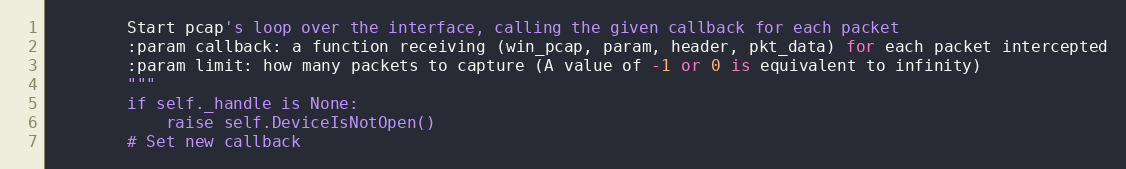
Language: Python
        Start pcap's loop over the interface, calling the given callback for each packet
        :param callback: a function receiving (win_pcap, param, header, pkt_data) for each packet intercepted
        :param limit: how many packets to capture (A value of -1 or 0 is equivalent to infinity)
        """
        if self._handle is None:
            raise self.DeviceIsNotOpen()
        # Set new callback